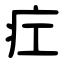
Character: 疘